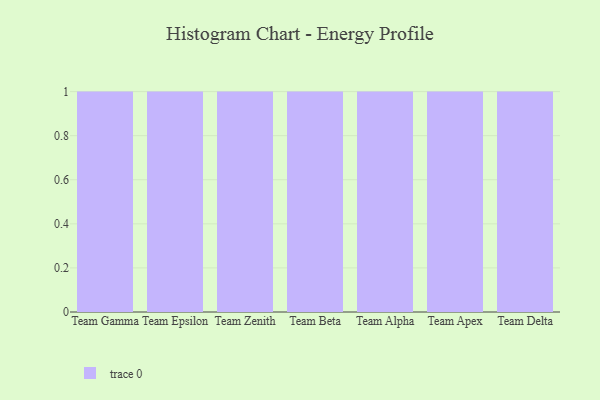
{"axis": {"x": "Team", "y": "Production Output"}, "legend": [""], "data": [{"x": "Team Gamma", "y": 14, "type": ""}, {"x": "Team Epsilon", "y": 56, "type": ""}, {"x": "Team Zenith", "y": 46, "type": ""}, {"x": "Team Beta", "y": 95, "type": ""}, {"x": "Team Alpha", "y": 26, "type": ""}, {"x": "Team Apex", "y": 73, "type": ""}, {"x": "Team Delta", "y": 7, "type": ""}]}